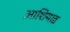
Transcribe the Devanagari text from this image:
आशियाड